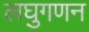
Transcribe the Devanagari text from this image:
लघुगणन